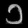
Digit: ၁